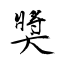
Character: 獎